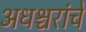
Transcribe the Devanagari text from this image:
अधश्चरांचे